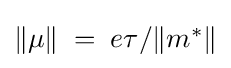
{\textstyle \left\Vert \mu \right\Vert \;=\;{e\tau }/{\left\Vert m^{*}\right\Vert }}